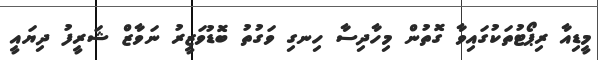
މީޑިއާ ރިޕޯޓުތަކުގައިވާ ގޮތުން މިހާދިސާ ހިނގި ވަގުތު ބޮޑުވަޒީރު ނަވާޒް ޝަރީފު ދިޔައީ